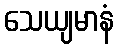
သေယျမာနံ